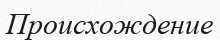
Происхождение